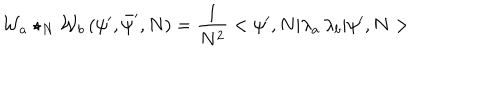
LaTeX: { \cal W } _ { a } \star _ { N } { \cal W } _ { b } \, ( \psi ^ { \prime } , \bar { \psi } ^ { \prime } , N ) = \frac { 1 } { N ^ { 2 } } < \psi ^ { \prime } , N | \lambda _ { a } \, \lambda _ { b } | \psi ^ { \prime } , N >